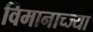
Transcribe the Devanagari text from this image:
विमानाच्ज्या